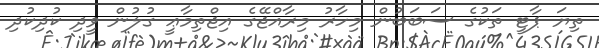
ތިޔަ ޕާޓީ ތަކުގެ ސަބަބުން މިހާރު މިރާއްޖޭގެ އިޖްތިމާޢީ ގުލުން ވީދި ކުދިކުދި